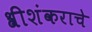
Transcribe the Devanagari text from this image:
श्रीशंकराचे